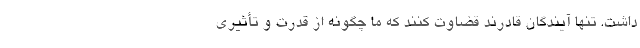
داشت. تنها آیندگان قادرند قضاوت کنند که ما چگونه از قدرت و تأثیر‌ی